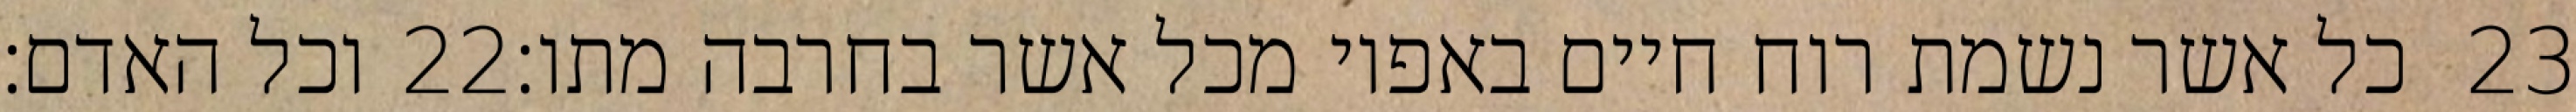
וכל האדם׃ ‎22‏ כל אשר נשמת רוח חיים באפיו מכל אשר בחרבה מתו׃ ‎23‏